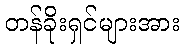
တန်ခိုးရှင်များအား